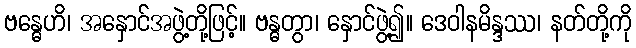
ဗန္ဓေဟိ၊ အနှောင်အဖွဲ့တို့ဖြင့်။ ဗန္ဓတွာ၊ နှောင်ဖွဲ့၍။ ဒေဝါနမိန္ဒဿ၊ နတ်တို့ကို